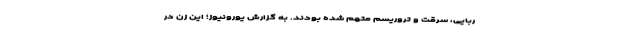
ربایی، سرقت و تروریسم متهم شده بودند. به گزارش یورونیوز؛ این زن در